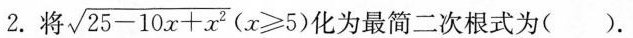
2.将$$\sqrt { 2 5 - 1 0 x + x ^ { 2 } } ( x ≥5 )$$化为最简二次根式为( ).